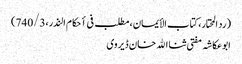
(رد المحتار، کتاب الأیمان، مطلب فی أحکام النذر،740/3)
ابوعکاشہ مفتی ثنا الله خان ڈیروی